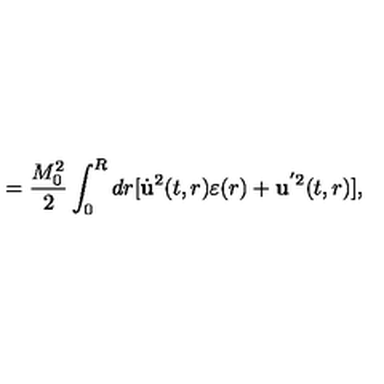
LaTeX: = \frac { M _ { 0 } ^ { 2 } } { 2 } \int _ { 0 } ^ { R } d r [ \dot { \bf u } ^ { 2 } ( t , r ) \varepsilon ( r ) + { \bf u } ^ { ' 2 } ( t , r ) ] { , }